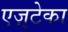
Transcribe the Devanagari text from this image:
एज़्टेका